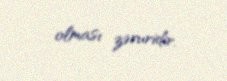
olması zəruridir.